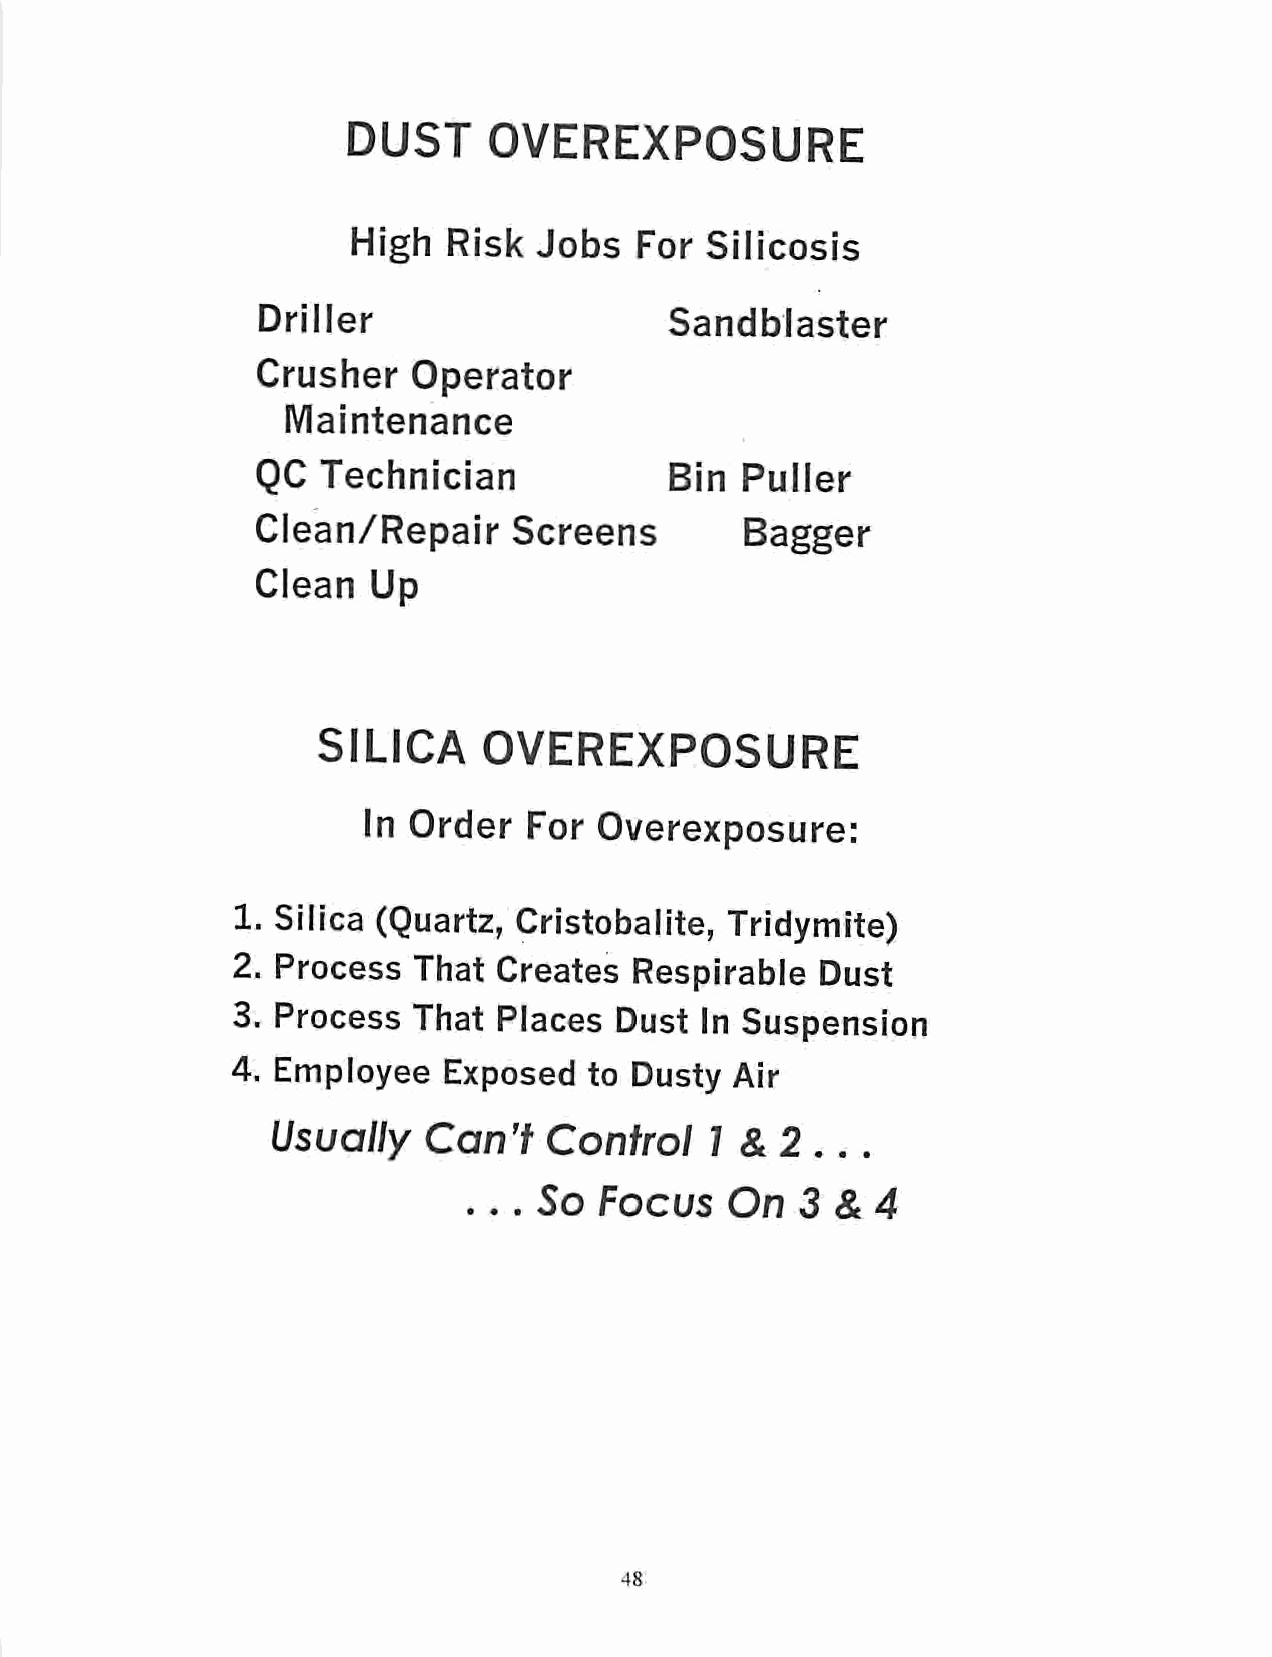
DUST     OVEREXPOSURE
 High   Risk Jobs   For  Silicosis
 Driller                    Sandblaster
 Crusher   Operator
 Maintenance
 QC  Technician             Bin  Puller
 Clean/Repair     Screens        Bagger
 Clean   Up
 SILICA     OVEREXPOSURE
 In Order   For Overexposure:
 1. Silica (Quartz, Cristobalite, Tridymite)
 2. Process  That  Creates  Respirable  Dust
 3. Process  That  Places  Dust In Suspension
 4. Employee   Exposed   to Dusty Air
 Usually   Can't   Control    1 &2...
 ...  So  Focus   On   3 &4
 48